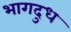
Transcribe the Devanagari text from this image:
भागदुध